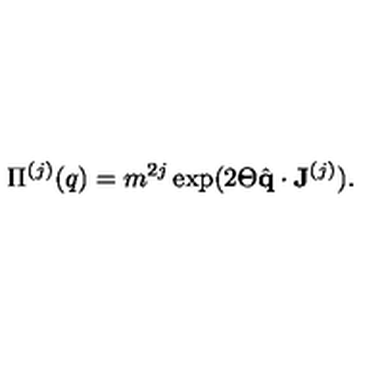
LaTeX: \Pi ^ { ( j ) } ( q ) = m ^ { 2 j } \exp ( 2 \Theta \hat { \bf q } \cdot { \bf J } ^ { ( j ) } ) .